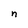
Character: n